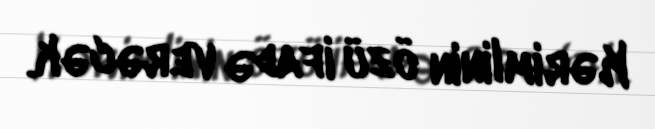
Kərimlinin özü ifadə verəcək.